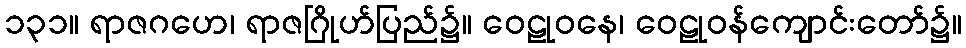
၁၃၁။ ရာဇဂဟေ၊ ရာဇဂြိုဟ်ပြည်၌။ ဝေဠုဝနေ၊ ဝေဠုဝန်ကျောင်းတော်၌။